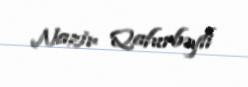
Nazir Qafurbəyli